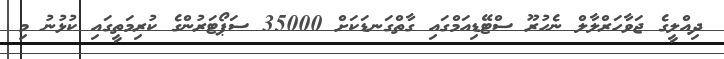
ދިއްލީގެ ޖަވާހަރްލާލް ނެހުރޫ ސްޓޭޑިއަމްގައި ގާތްގަނޑަކަށް 35000 ސަޕޯޓަރުންގެ ކުރިމަތީގައި ކުޅުނު މި